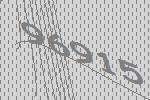
96915